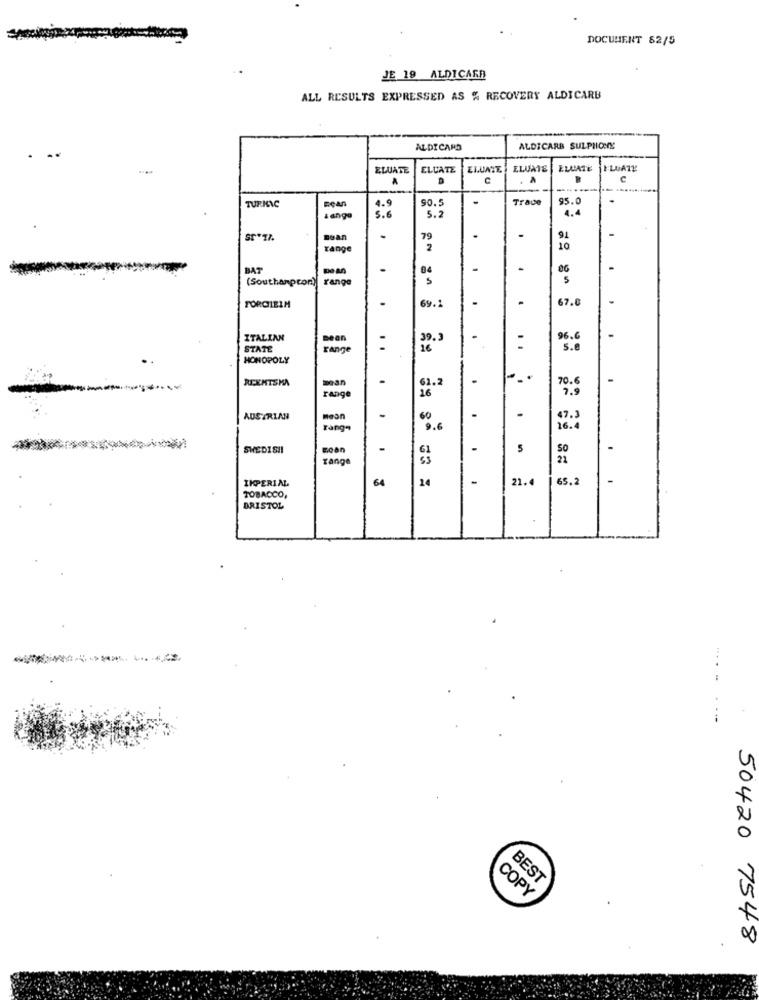
DOCUMENT 82/5
JE 19 ALDICAER
ALL RESULTS EXPRESSED AS % RECOVERY ALDICARB
ALDICARD
ALDICARB SULPHONY
ZLUATE
ELUATE
ELUAGE ELUME
ELUATE FLOATE
A
A
C
EÇAn
Trace
95.0
TURKIC
90.5
4.4
tango
5.6
5.2
Dean
79
91
range
2
10
BAT
64
86
(Southampcon)
range
5
69.1
67.
FORCIEIM
ITALIAN
39.3
96.6
STATE
range
s.e
HONOPOLY
REXMISMA
61.2
70.6
16
7.9
range
AUSTRIAN
mean
60
47.3
rang
9.6
16.
SWEDISH
Roan
5
So
range
21
IMPERIAL
64
24
21.4
65.2
-
TOBACCO,
BRISTOL
BEST
COPY
50420 7548